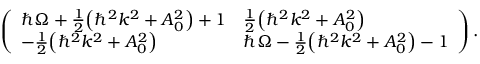
\left( \begin{array} { l l } { \hbar \Omega + { \frac { 1 } { 2 } } { \left( \hbar ^ { 2 } k ^ { 2 } + A _ { 0 } ^ { 2 } \right) } + 1 } & { { \frac { 1 } { 2 } } { \left( \hbar ^ { 2 } k ^ { 2 } + A _ { 0 } ^ { 2 } \right) } } \\ { - { \frac { 1 } { 2 } } { \left( \hbar ^ { 2 } k ^ { 2 } + A _ { 0 } ^ { 2 } \right) } } & { \hbar \Omega - { \frac { 1 } { 2 } } { \left( \hbar ^ { 2 } k ^ { 2 } + A _ { 0 } ^ { 2 } \right) } - 1 } \end{array} \right) .